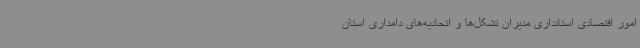
امور اقتصادی استانداری مدیران تشکل‌ها و اتحادیه‌های دامداری استان